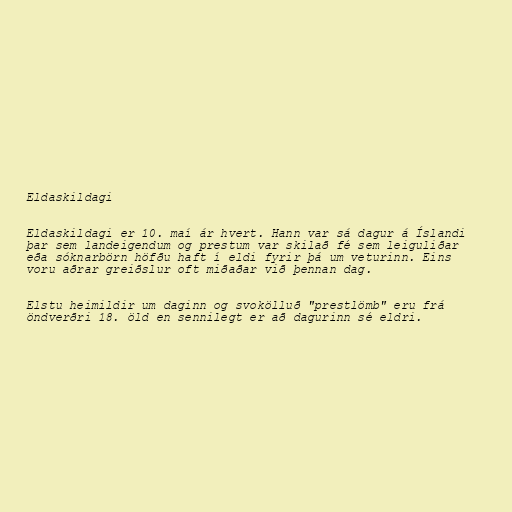
Eldaskildagi

Eldaskildagi er 10. maí ár hvert. Hann var sá dagur á Íslandi
þar sem landeigendum og prestum var skilað fé sem leiguliðar
eða sóknarbörn höfðu haft í eldi fyrir þá um veturinn. Eins
voru aðrar greiðslur oft miðaðar við þennan dag.

Elstu heimildir um daginn og svokölluð "prestlömb" eru frá
öndverðri 18. öld en sennilegt er að dagurinn sé eldri.